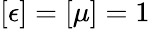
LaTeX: [\epsilon]=[\mu]=1